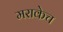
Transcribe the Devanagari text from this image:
मराकेच